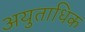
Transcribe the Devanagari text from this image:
अयुताधिक